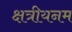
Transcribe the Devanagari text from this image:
क्षत्रीयनम